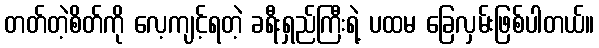
တတ်တဲ့စိတ်ကို လေ့ကျင့်ရတဲ့ ခရီးရှည်ကြီးရဲ့ ပထမ ခြေလှမ်းဖြစ်ပါတယ်။